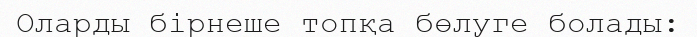
Оларды бірнеше топқа бөлуге болады: